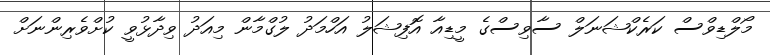
މޯލްޑިވްސް ކަރެކްޝަނަލް ސާވިސްގެ މީޑިއާ އޮފިޝަލު އަހްމަދު ލުގްމާން މިއަދު ވިދާޅުވީ ކުށްވެރިންނަށް